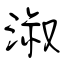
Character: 淑